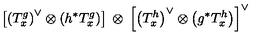
\left[ \left( T _ { x } ^ { g } \right) ^ { \vee } \otimes \left( h ^ { * } T _ { x } ^ { g } \right) \right] \: \otimes \: \left[ \left( T _ { x } ^ { h } \right) ^ { \vee } \otimes \left( g ^ { * } T _ { x } ^ { h } \right) \right] ^ { \vee }